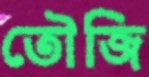
তৌজি